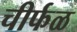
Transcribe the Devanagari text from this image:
चीर्फळ